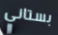
بستاني